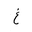
Letter: _gayn